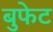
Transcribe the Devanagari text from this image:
बुफेट